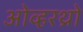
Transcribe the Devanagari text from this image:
ओव्हरथ्रो